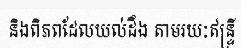
និងពិភពដែលយល់ដឹង តាមរយៈឥន្ទ្រី